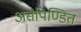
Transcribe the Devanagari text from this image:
असंपिण्डित